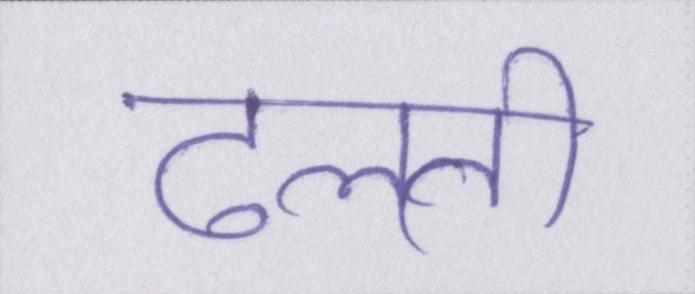
ढलती